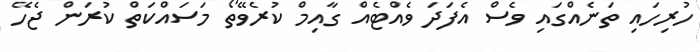
ހުރިހައި ތަނެއްގައި ވެސް އެފަދަ ވެއްޓެއް ގާއިމް ކުރެވޭތޯ މަސައްކަތް ކުރަން ޖެހޭ